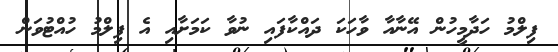
ފިލްމު ހަދާމީހުން އޭނާއާ ވާހަކަ ދައްކާފައި ނުވާ ކަމަށާއި އެ ފިލްމު ހުއްޓުވަން